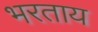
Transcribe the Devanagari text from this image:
भरताय